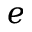
e